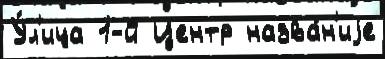
У́л'ица 1-й Центр назва́н'иjе